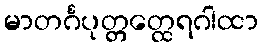
မာတင်္ဂပုတ္တတ္ထေရဂါထာ